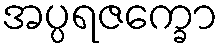
အပ္ပရဇက္ခော